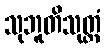
သုဘူတိသုတ္တံ